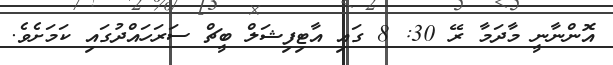
އޮންނާނީ މާދަމާ ރޭ 30: 8 ގައި އާޓިފިޝަލް ބީޗް ސަރަހައްދުގައި ކަމަށެވެ.